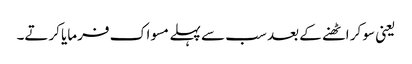
یعنی سو کر اٹھنے کے بعد سب سے پہلے مسواک فرمایا کرتے۔